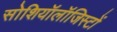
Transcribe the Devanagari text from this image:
सोशियॉलॉजिस्टों